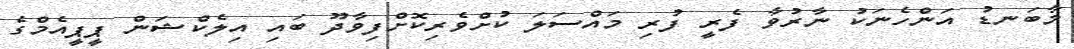
މާބަނޑު އަންހެނަކު ނާރުވާ ފެރީ ފުރި މައްސަލަ ކުށްވެރިކޮށްފިވާދޫ ބައި އިލެކްޝަން ޕީޕީއެމްގެ